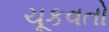
ચૂકવતો